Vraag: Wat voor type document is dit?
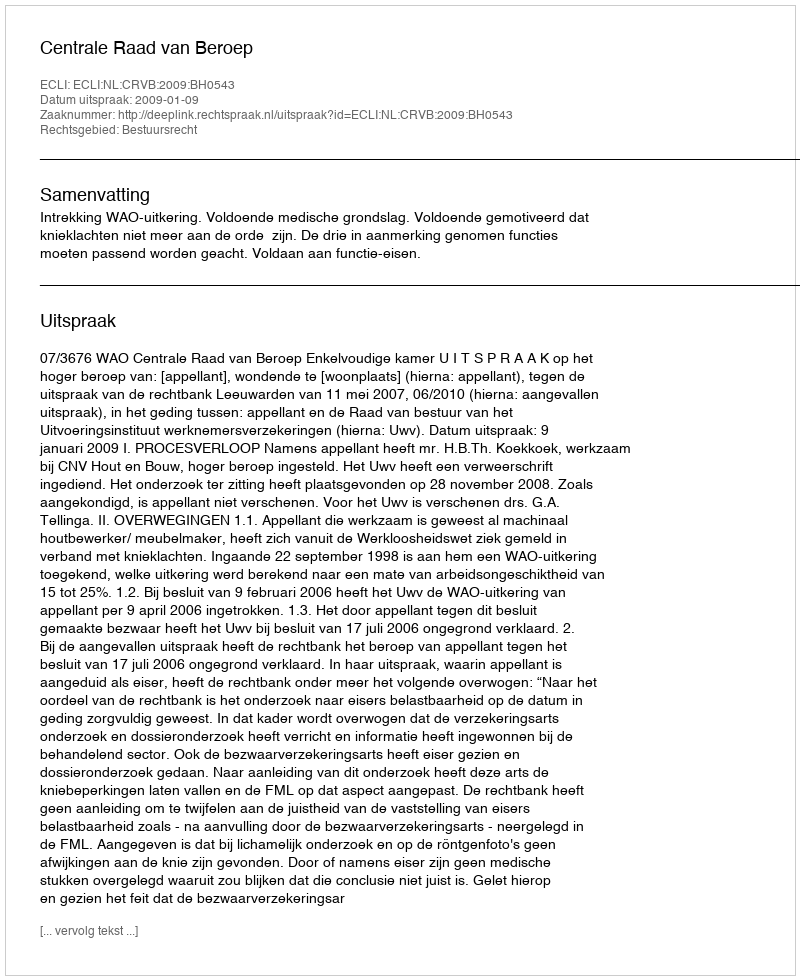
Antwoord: Uitspraak